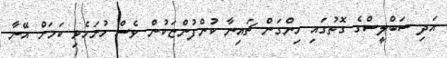
އަދި ސަބްލީސްގެ ގޮތުގައި ހިންގަން ޗައިނާ ކުންފުންޏަކުން ވެސް ހުށަހެޅި ކަމަށް އޭނާ